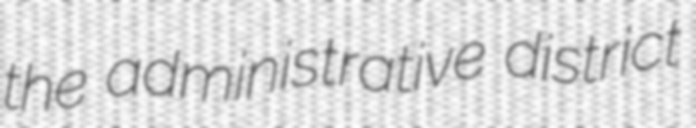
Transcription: the administrative district